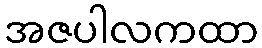
အဇပါလကထာ